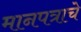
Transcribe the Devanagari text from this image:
मानपत्राचे